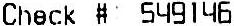
CHECK # 549146